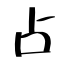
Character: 占